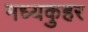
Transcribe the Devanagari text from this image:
मध्यकुहर